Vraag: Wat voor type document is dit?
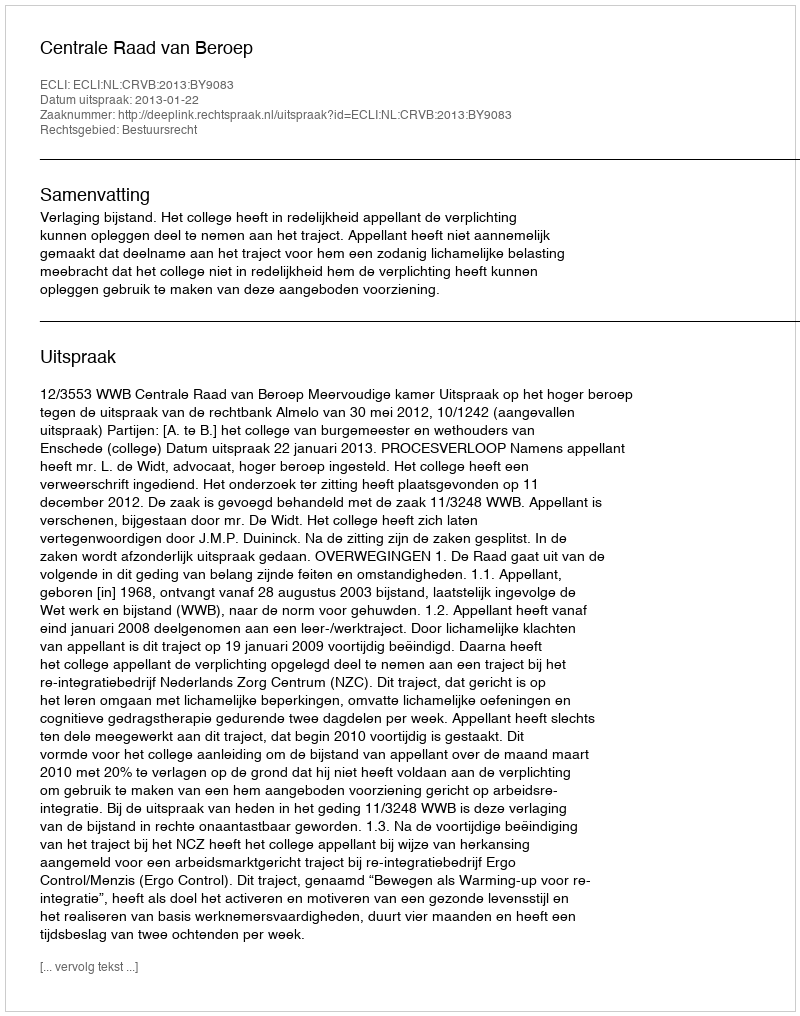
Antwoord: Uitspraak